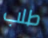
طلب